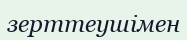
зерттеушімен